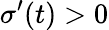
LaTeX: \sigma^{\prime}(t)>0